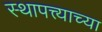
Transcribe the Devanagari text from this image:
स्थापत्त्याच्या